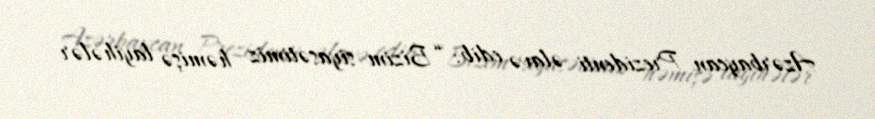
Azərbaycan Prezidenti əlavə edib: “Bizim siyasətimiz həmişə layihələr